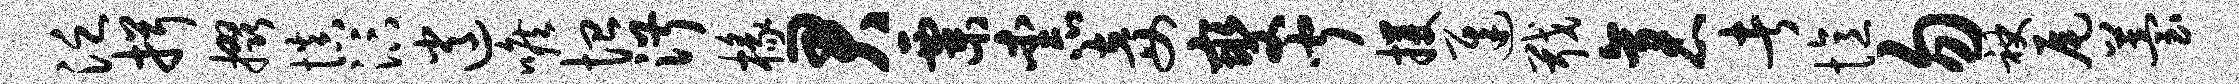
泛揖掇慎汴逍喉恤淑椽君粟柰妾燮闻攫迟戢袤者忆勿袂尾苔